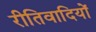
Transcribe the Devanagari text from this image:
रीतिवादियों